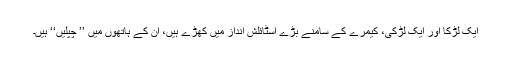
ایک لڑکا اور ایک لڑکی، کیمرے کے سامنے بڑے اسٹائلش انداز میں کھڑے ہیں، ان کے ہاتھوں میں ’’ چپلیں‘‘ ہیں۔